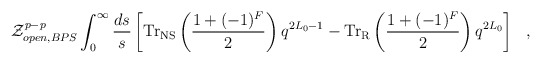
\begin{align*}{\cal Z}_{open,BPS}^{p-p}\int_0^\infty\frac{ds}{s}\left[{\rm Tr}_{\rm NS}\left(\frac{1+(-1)^F}{2}\right)q^{2L_0-1} - {\rm Tr}_{\rm R}\left(\frac{1+(-1)^F}{2}\right)q^{2L_0} \right]~~,\end{align*}